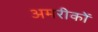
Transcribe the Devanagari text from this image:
अमरीकों